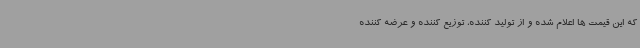
که این قیمت ها اعلام شده و از تولید کننده، توزیع کننده و عرضه کننده